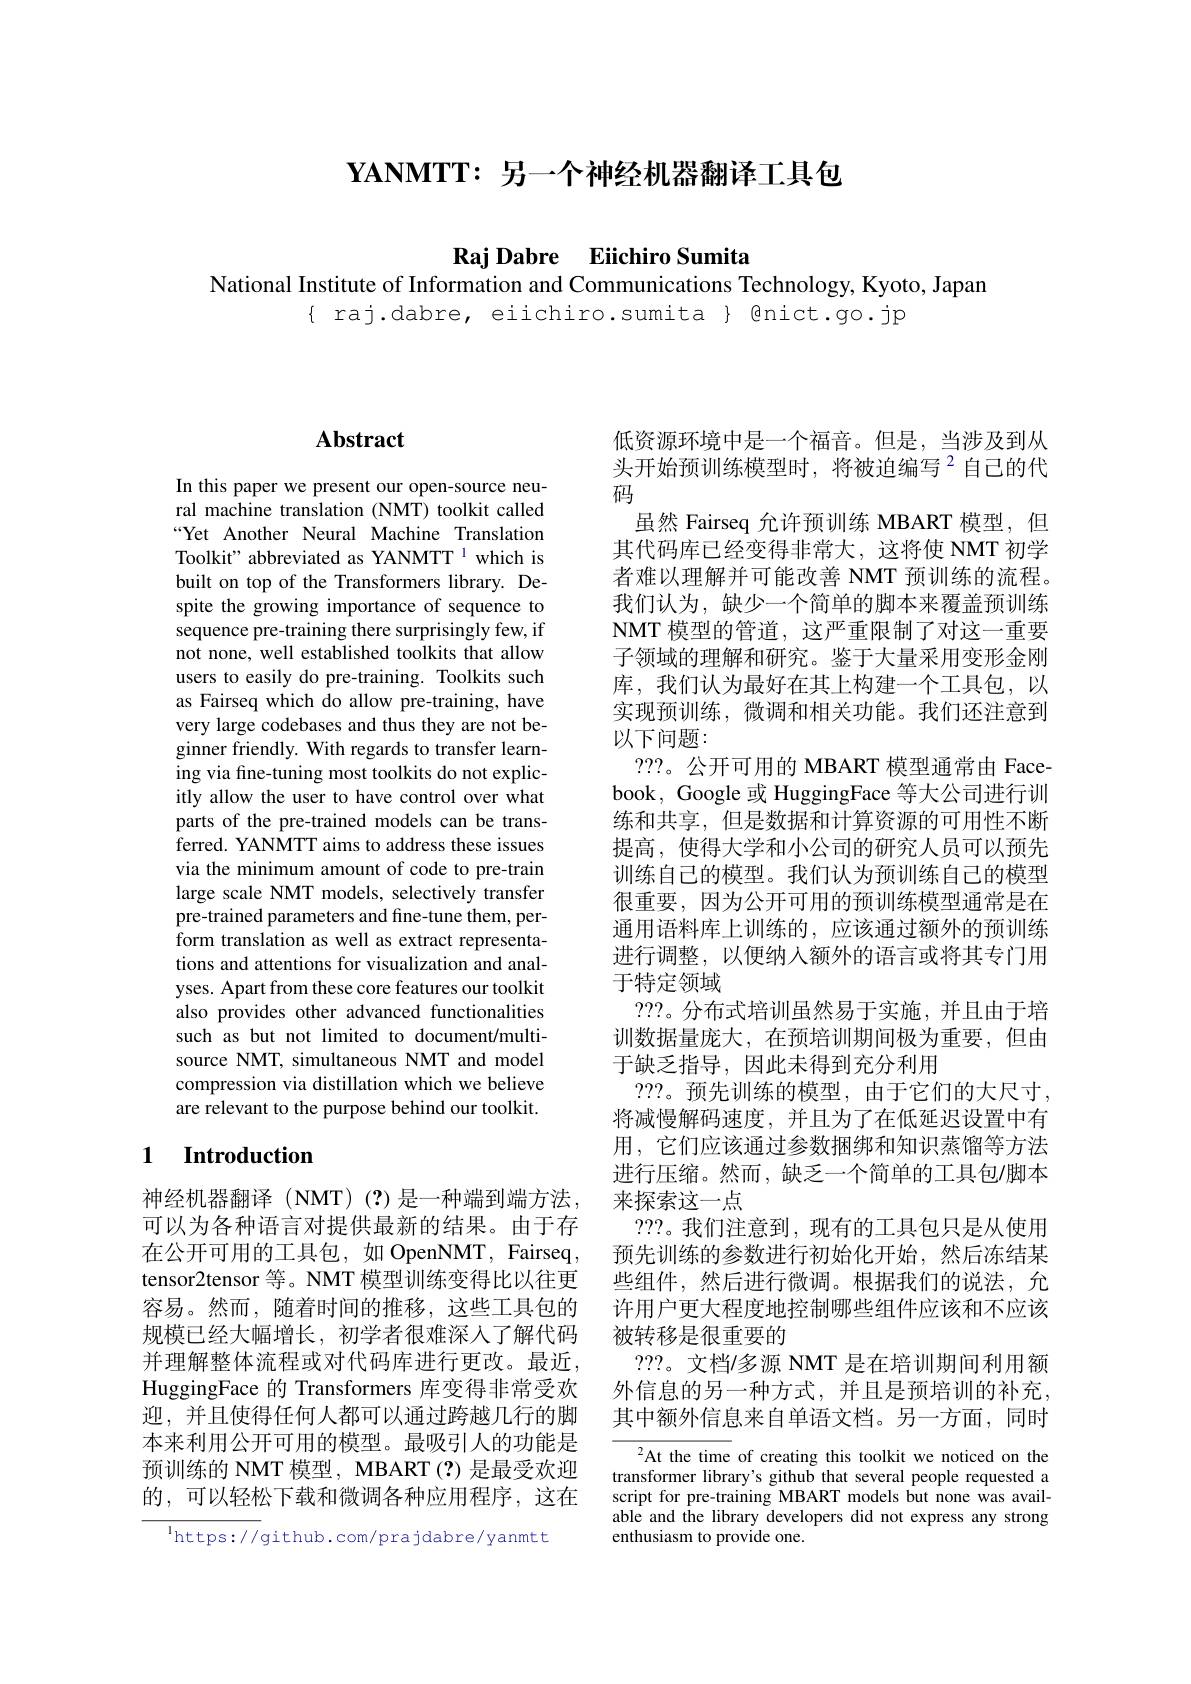
$\textbf{YANMTT: 另 一 个 神 经 机 器 翻 译 工 具 包 }$

Raj Dabre Eiichiro Sumita
National Institute of Information and Communications Technology, Kyoto, Japan

$\{$ raj.dabre, eiichiro.sumita $\}$ @nict.go.jp

## Abstract

In this paper we present our open-source neural machine translation (NMT) toolkit called “Yet Another Neural Machine Translation Toolkit" abbreviated as YANMTT 1 which is built on top of the Transformers library. Despite the growing importance of sequence to sequence pre-training there surprisingly few, if not none, well established toolkits that allow users to easily do pre-training. Toolkits such as Fairseq which do allow pre-training, have very large codebases and thus they are not beginner friendly. With regards to transfer learning via fine-tuning most toolkits do not explicitly allow the user to have control over what parts of the pre-trained models can be transferred. YANMTT aims to address these issues via the minimum amount of code to pre-train large scale NMT models, selectively transfer pre-trained parameters and fine-tune them, perform translation as well as extract representations and attentions for visualization and analyses. Apart from these core features our toolkit also provides other advanced functionalities such as but not limited to document/multisource NMT, simultaneous NMT and model compression via distillation which we believe are relevant to the purpose behind our toolkit.

### 1 $\textbf{Introduction}$

神经机器翻译 (NMT)(?)是一种端到端方法， 可以为各种语言对提供最新的结果。由于存在公开可用的工具包，如 OpenNMT, Fairseq, tensor2tensor 等。NMT 模型训练变得比以往更容易。然而，随着时间的推移，这些工具包的规模已经大幅增长，初学者很难深人了解代码并理解整体流程或对代码库进行更改。最近， HuggingFace 的 Transformers 库变得非常受欢迎，并且使得任何人都可以通过跨越几行的脚本来利用公开可用的模型。最吸引人的功能是预训练的 NMT 模型，MBART (?) 是最受欢迎的，可以轻松下载和微调各种应用程序，这在

$^{\mathrm{l}}$https://github.com/prajdabre/yanmtt

低资源环境中是一个福音。但是，当涉及到从头开始预训练模型时，将被迫编写$^{2}$自己的代码
虽然 Fairseq 允许预训练 MBART 模型，但其代码库已经变得非常大，这将使 NMT 初学者难以理解并可能改善 NMT 预训练的流程。我们认为，缺少一个简单的脚本来覆盖预训练NMT 模型的管道，这严重限制了对这一重要子领域的理解和研究。鉴于大量采用变形金刚库，我们认为最好在其上构建一个工具包，以实现预训练，微调和相关功能。我们还注意到以下问题：
???。公开可用的 MBART 模型通常由 Facebook, Google 或 HuggingFace 等大公司进行训练和共享，但是数据和计算资源的可用性不断提高，使得大学和小公司的研究人员可以预先训练自己的模型。我们认为预训练自己的模型很重要，因为公开可用的预训练模型通常是在通用语料库上训练的，应该通过额外的预训练进行调整，以便纳人额外的语言或将其专门用于特定领域
???。分布式培训虽然易于实施，并且由于培训数据量庞大，在预培训期间极为重要，但由于缺乏指导，因此未得到充分利用
???。预先训练的模型，由于它们的大尺寸， 将减慢解码速度，并且为了在低延迟设置中有用，它们应该通过参数捆绑和知识蒸馏等方法进行压缩。然而，缺乏一个简单的工具包/脚本来探索这一点
???。我们注意到，现有的工具包只是从使用预先训练的参数进行初始化开始，然后冻结某些组件，然后进行微调。根据我们的说法，允许用户更大程度地控制哪些组件应该和不应该被转移是很重要的
???。文档/多源 NMT 是在培训期间利用额外信息的另一种方式，并且是预培训的补充， 其中额外信息来自单语文档。另一方面，同时
At the time of creating this toolkit we noticed on the

transformer library's github that several people requested a script for pre-training MBART models but none was available and the library developers did not express any strong enthusiasm to provide one